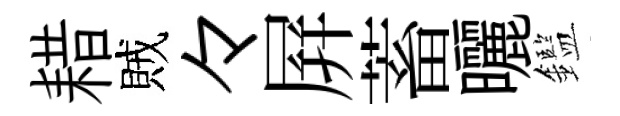
耤賊々屛蓄曬鑑